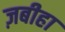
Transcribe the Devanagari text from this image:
ज़बीहा